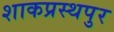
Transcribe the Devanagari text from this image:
शाकप्रस्थपुर